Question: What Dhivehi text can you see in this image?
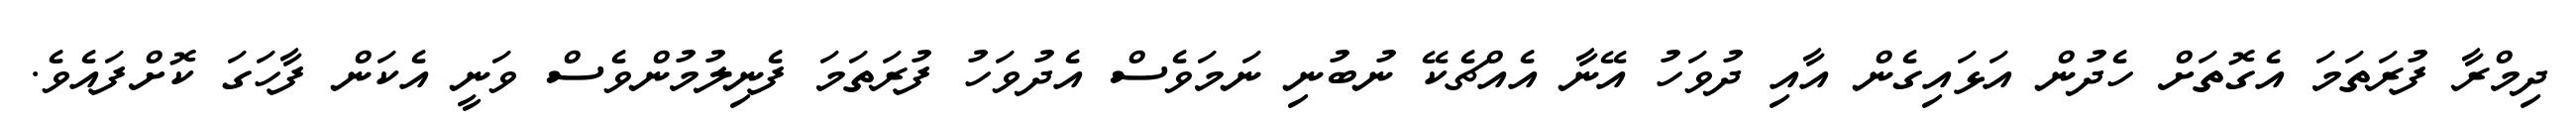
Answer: ދިމްރާ ފުރަތަމަ އެގޮތަށް ހެދުން އަޅައިގެން އާއި ދުވަހު އޭނާ އެއްޗެކޭ ނުބުނި ނަމަވެސް އެދުވަހު ފުރަތަމަ ފެނިލުމުންވެސް ވަނީ އެކަން ފާހަގަ ކޮށްފައެވެ.